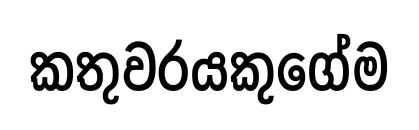
කතුවරයකුගේම